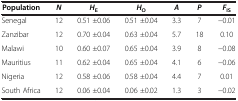
| Population | N | HE | HO | A | P | FIS |
 | --- | --- | --- | --- | --- | --- | --- |
 | Senegal | 12 | 0.51 ±0.06 | 0.51 ±0.04 | 3.3 | 7 | -0.01 |
 | Zanzibar | 12 | 0.70 ±0.04 | 0.63 ±0.04 | 5.7 | 18 | 0.10 |
 | Malawi | 10 | 0.60 ±0.07 | 0.65 ±0.04 | 3.9 | 8 | -0.08 |
 | Mauritius | 11 | 0.62 ±0.04 | 0.65 ±0.04 | 4.1 | 6 | -0.06 |
 | Nigeria | 12 | 0.58 ±0.06 | 0.58 ±0.04 | 4.4 | 7 | 0.01 |
 | South Africa | 12 | 0.06 ±0.04 | 0.06 ±0.02 | 1.3 | 3 | -0.02 |